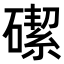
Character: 𪿶